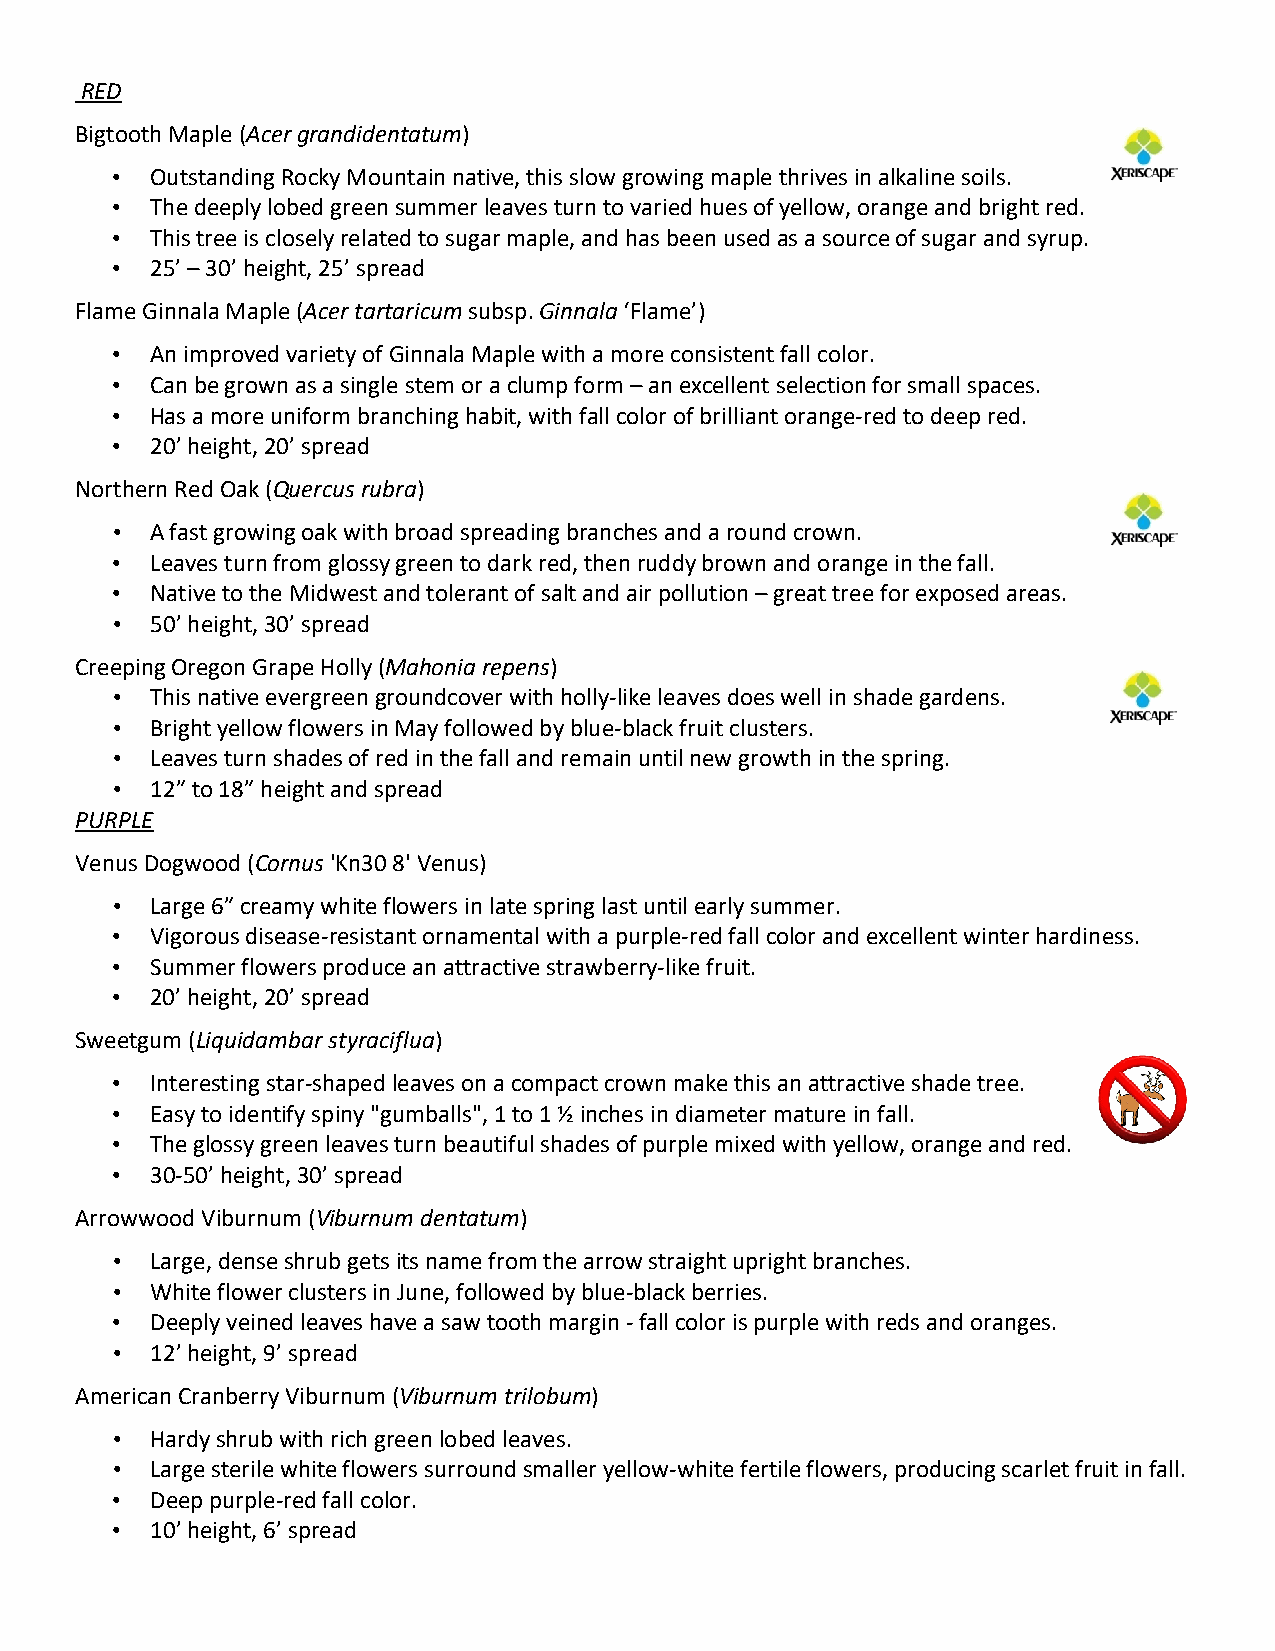
RED
 Bigtooth Maple (Acer grandidentatum)
 •  Outstanding Rocky Mountain native, this slow growing maple thrives in alkaline soils.
 •  The deeply lobed green summer leaves turn to varied hues of yellow, orange and bright red.
 •  This tree is closely related to sugar maple, and has been used as a source of sugar and syrup.
 •  25’ – 30’ height, 25’ spread
 Flame Ginnala Maple (Acer tartaricum subsp. Ginnala ‘Flame’)
 •  An improved variety of Ginnala Maple with a more consistent fall color.
 •  Can be grown as a single stem or a clump form – an excellent selection for small spaces.
 •  Has a more uniform branching habit, with fall color of brilliant orange-red to deep red.
 •  20’ height, 20’ spread
 Northern Red Oak (Quercus rubra)
 •  A fast growing oak with broad spreading branches and a round crown.
 •  Leaves turn from glossy green to dark red, then ruddy brown and orange in the fall.
 •  Native to the Midwest and tolerant of salt and air pollution – great tree for exposed areas.
 •  50’ height, 30’ spread
 Creeping Oregon Grape Holly (Mahonia repens)
 •  This native evergreen groundcover with holly-like leaves does well in shade gardens.
 •  Bright yellow flowers in May followed by blue-black fruit clusters.
 •  Leaves turn shades of red in the fall and remain until new growth in the spring.
 •  12” to 18” height and spread
 PURPLE
 Venus Dogwood (Cornus 'Kn30 8' Venus)
 •  Large 6” creamy white flowers in late spring last until early summer.
 •  Vigorous disease-resistant ornamental with a purple-red fall color and excellent winter hardiness.
 •  Summer flowers produce an attractive strawberry-like fruit.
 •  20’ height, 20’ spread
 Sweetgum (Liquidambar styraciflua)
 •  Interesting star-shaped leaves on a compact crown make this an attractive shade tree.
 •  Easy to identify spiny "gumballs", 1 to 1 ½ inches in diameter mature in fall.
 •  The glossy green leaves turn beautiful shades of purple mixed with yellow, orange and red.
 •  30-50’ height, 30’ spread
 Arrowwood Viburnum (Viburnum dentatum)
 •  Large, dense shrub gets its name from the arrow straight upright branches.
 •  White flower clusters in June, followed by blue-black berries.
 •  Deeply veined leaves have a saw tooth margin - fall color is purple with reds and oranges.
 •  12’ height, 9’ spread
 American Cranberry Viburnum (Viburnum trilobum)
 •  Hardy shrub with rich green lobed leaves.
 •  Large sterile white flowers surround smaller yellow-white fertile flowers, producing scarlet fruit in fall.
 •  Deep purple-red fall color.
 •  10’ height, 6’ spread